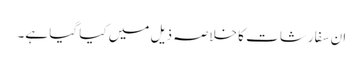
ان سفارشات کا خلاصہ ذیل میں کیا گیا ہے۔